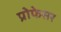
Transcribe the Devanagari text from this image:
प्रोेफेसर